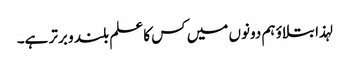
لہذا بتلاوٴ ہم دونوں میں کس کا علم بلند و برتر ہے۔